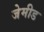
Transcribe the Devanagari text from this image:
जेमीड